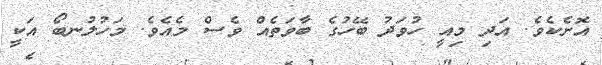
އޮށެކެވެ. އަދި މިއީ ހުވަދު ބޭހުގެ ބާވަތެއް ވެސް މެއެވެ. މަހުލުނބޯ އަކީ